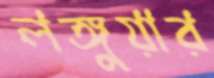
লঙ্গুয়ার